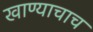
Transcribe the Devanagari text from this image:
खाण्याचाच